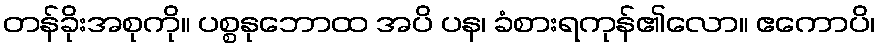
တန်ခိုးအစုကို။ ပစ္စနုဘောထ အပိ ပန၊ ခံစားရကုန်၏လော။ ဧကောပိ၊